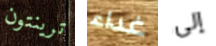
ترينتون غداء إلى